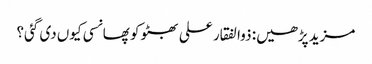
مزید پڑھیں: ذوالفقار علی بھٹو کو پھانسی کیوں‌ دی گئی؟